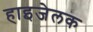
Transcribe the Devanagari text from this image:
हाइजेलक